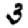
Digit: 3